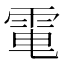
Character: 𩂬